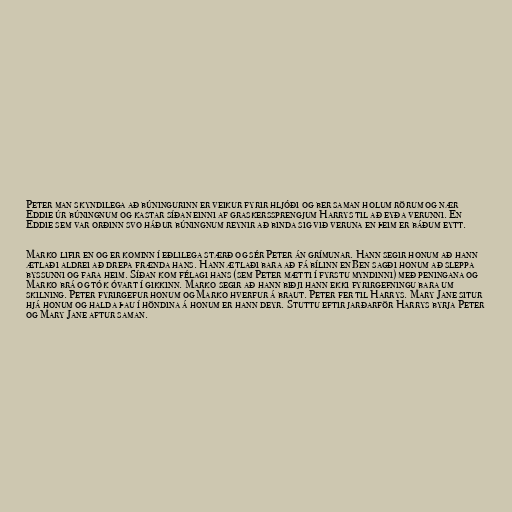
Peter man skyndilega að búningurinn er veikur fyrir hljóði og ber saman holum rörum og nær
Eddie úr búningnum og kastar síðan einni af graskerssprengjum Harrys til að eyða verunni. En
Eddie sem var orðinn svo háður búningnum reynir að binda sig við veruna en þeim er báðum eytt.

Marko lifir en og er kominn í eðlilega stærð og sér Peter án grímunar. Hann segir honum að hann
ætlaði aldrei að drepa frænda hans. Hann ætlaði bara að fá bílinn en Ben sagði honum að sleppa
byssunni og fara heim. Síðan kom félagi hans (sem Peter mætti í fyrstu myndinni) með peningana og
Marko brá og tók óvart í gikkinn. Marko segir að hann biðji hann ekki fyrirgefningu bara um
skilning. Peter fyrirgefur honum og Marko hverfur á braut. Peter fer til Harrys. Mary Jane situr
hjá honum og halda þau í höndina á honum er hann deyr. Stuttu eftir jarðarför Harrys byrja Peter
og Mary Jane aftur saman.